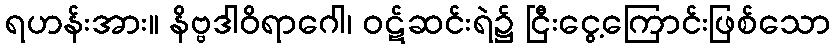
ရဟန်းအား။ နိဗ္ဗဒါဝိရာဂေါ၊ ဝဋ်ဆင်းရဲ၌ ငြီးငွေ့ကြောင်းဖြစ်သော